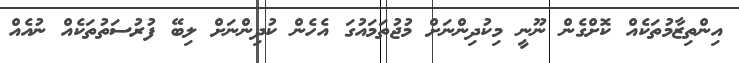
އިންތިޒާމުތަކެއް ކޮށްގެން ނޫނީ މިކުދިންނަށް މުޖުތަމައުގަ އެހެން ކުދިންނަށް ލިބޭ ފުރުސަތުތަކެއް ނުއެއް